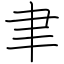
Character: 聿